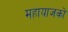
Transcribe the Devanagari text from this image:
महायाजकों